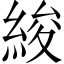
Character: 𦀷